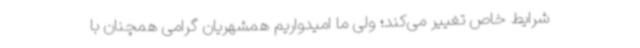
شرایط خاص تغییر می‌کند؛ ولی ما امیدواریم همشهریان گرامی همچنان با